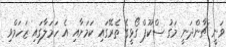
ވަނީ ޗާންދަނީ މަގު ސްކޫޕް ގޯޅީގެ ތެރޭގައި ކަމަށާއި އެ ހަމަލާގައި ޒަހަމްވި